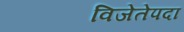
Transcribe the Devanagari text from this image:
विजेतेपदा